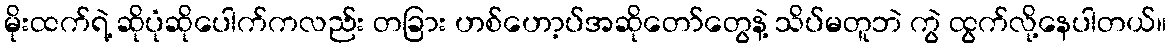
မိုးထက်ရဲ့ ဆိုပုံဆိုပေါက်ကလည်း တခြား ဟစ်ဟော့ပ်အဆိုတော်တွေနဲ့ သိပ်မတူဘဲ ကွဲ ထွက်လို့နေပါတယ်။